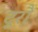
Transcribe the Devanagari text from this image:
दुरौ